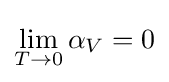
\lim _{T\to 0}\alpha _{V}=0